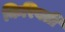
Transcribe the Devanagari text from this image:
किरिबती